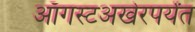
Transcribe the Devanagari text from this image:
ऑगस्टअखेरपर्यंत